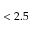
< 2 . 5